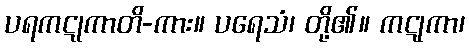
ပရကဋုကာတိ-ကား။ ပရေသံ၊ တို့၏။ ကဋုကာ၊